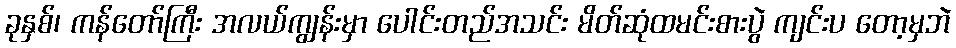
ခုနှစ်၊ ကန်တော်ကြီး အလယ်ကျွန်းမှာ ပေါင်းတည်အသင်း မိတ်ဆုံထမင်းစားပွဲ ကျင်းပ တော့မှဘဲ